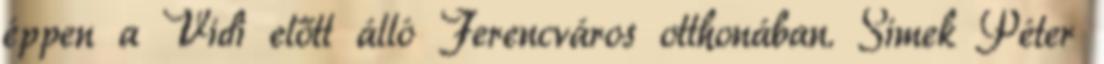
éppen a Vidi előtt álló Ferencváros otthonában. Simek Péter